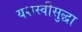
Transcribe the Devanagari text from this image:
यशस्वीसुद्धा